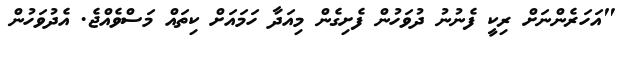
"އަހަރެންނަށް ރިކީ ފެނުނު ދުވަހުން ފެށިގެން މިއަދާ ހަމައަށް ކިތައް މަސްވެއްޖެ. އެދުވަހުން